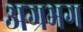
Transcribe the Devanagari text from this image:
अग्रभग